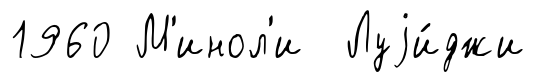
1960 М'инол'и Луjи́джи